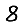
Digit: 8